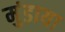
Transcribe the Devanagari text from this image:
मुंडाया